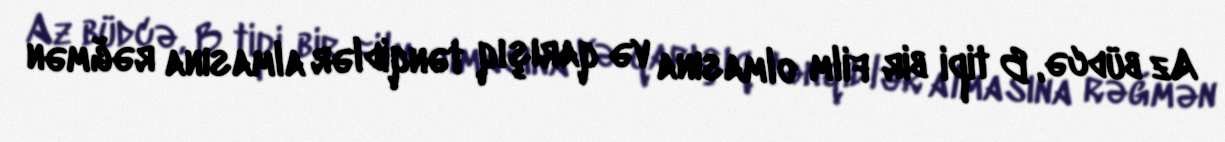
Az büdcə, B tipi bir film olmasına və qarışıq tənqidlər almasına rəğmən